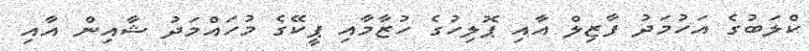
ކްލަބުގެ އަހުމަދު ފާޒިލް އާއި ޕޮލިހުގެ ހުޒާމާއި ޕީކޭގެ މުހައްމަދު ޝާއިން އާއި